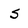
Character: s